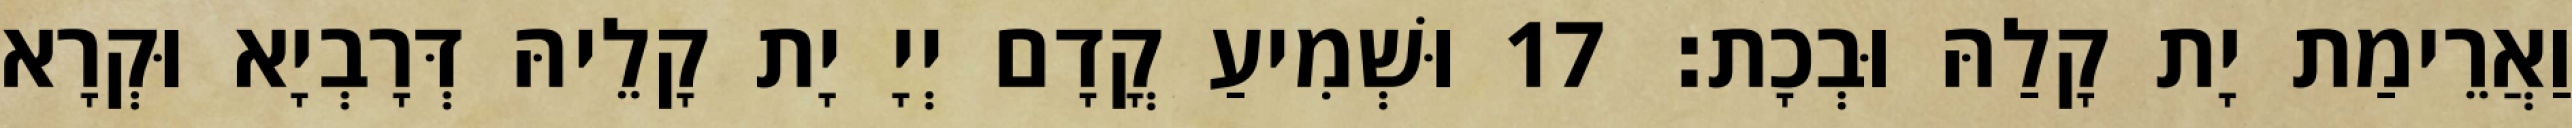
וַאֲרֵימַת יָת קָלַהּ וּבְכָת׃ 17 וּשְׁמִיעַ קֳדָם יְיָ יָת קָלֵיהּ דְּרָבְיָא וּקְרָא